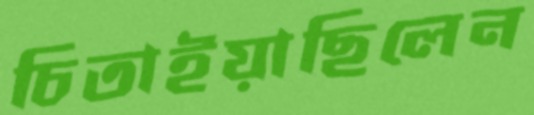
চিতাইয়াছিলেন